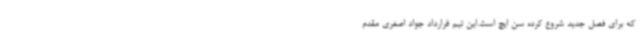
که برای فصل جدید شروع کرده سن ایچ است.این تیم قرارداد جواد اصغری مقدم